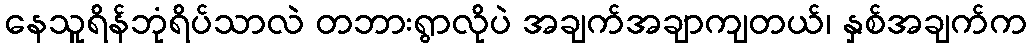
နေသူရိန်ဘုံရိပ်သာလဲ တဘားရွာလိုပဲ အချက်အချာကျတယ်၊ နှစ်အချက်က